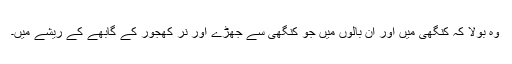
وہ بولا کہ کنگھی میں اور ان بالوں میں جو کنگھی سے جھڑے اور نر کھجور کے گابھے کے ریشے میں۔